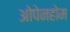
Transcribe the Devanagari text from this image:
ओपेनहोम